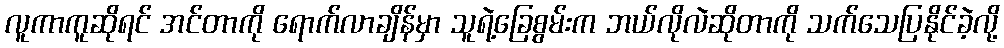
လူကာကူဆိုရင် အင်တာကို ရောက်လာချိန်မှာ သူရဲ့ခြေစွမ်းက ဘယ်လိုလဲဆိုတာကို သက်သေပြနိုင်ခဲ့လို့